Riigikantselei, lk 201
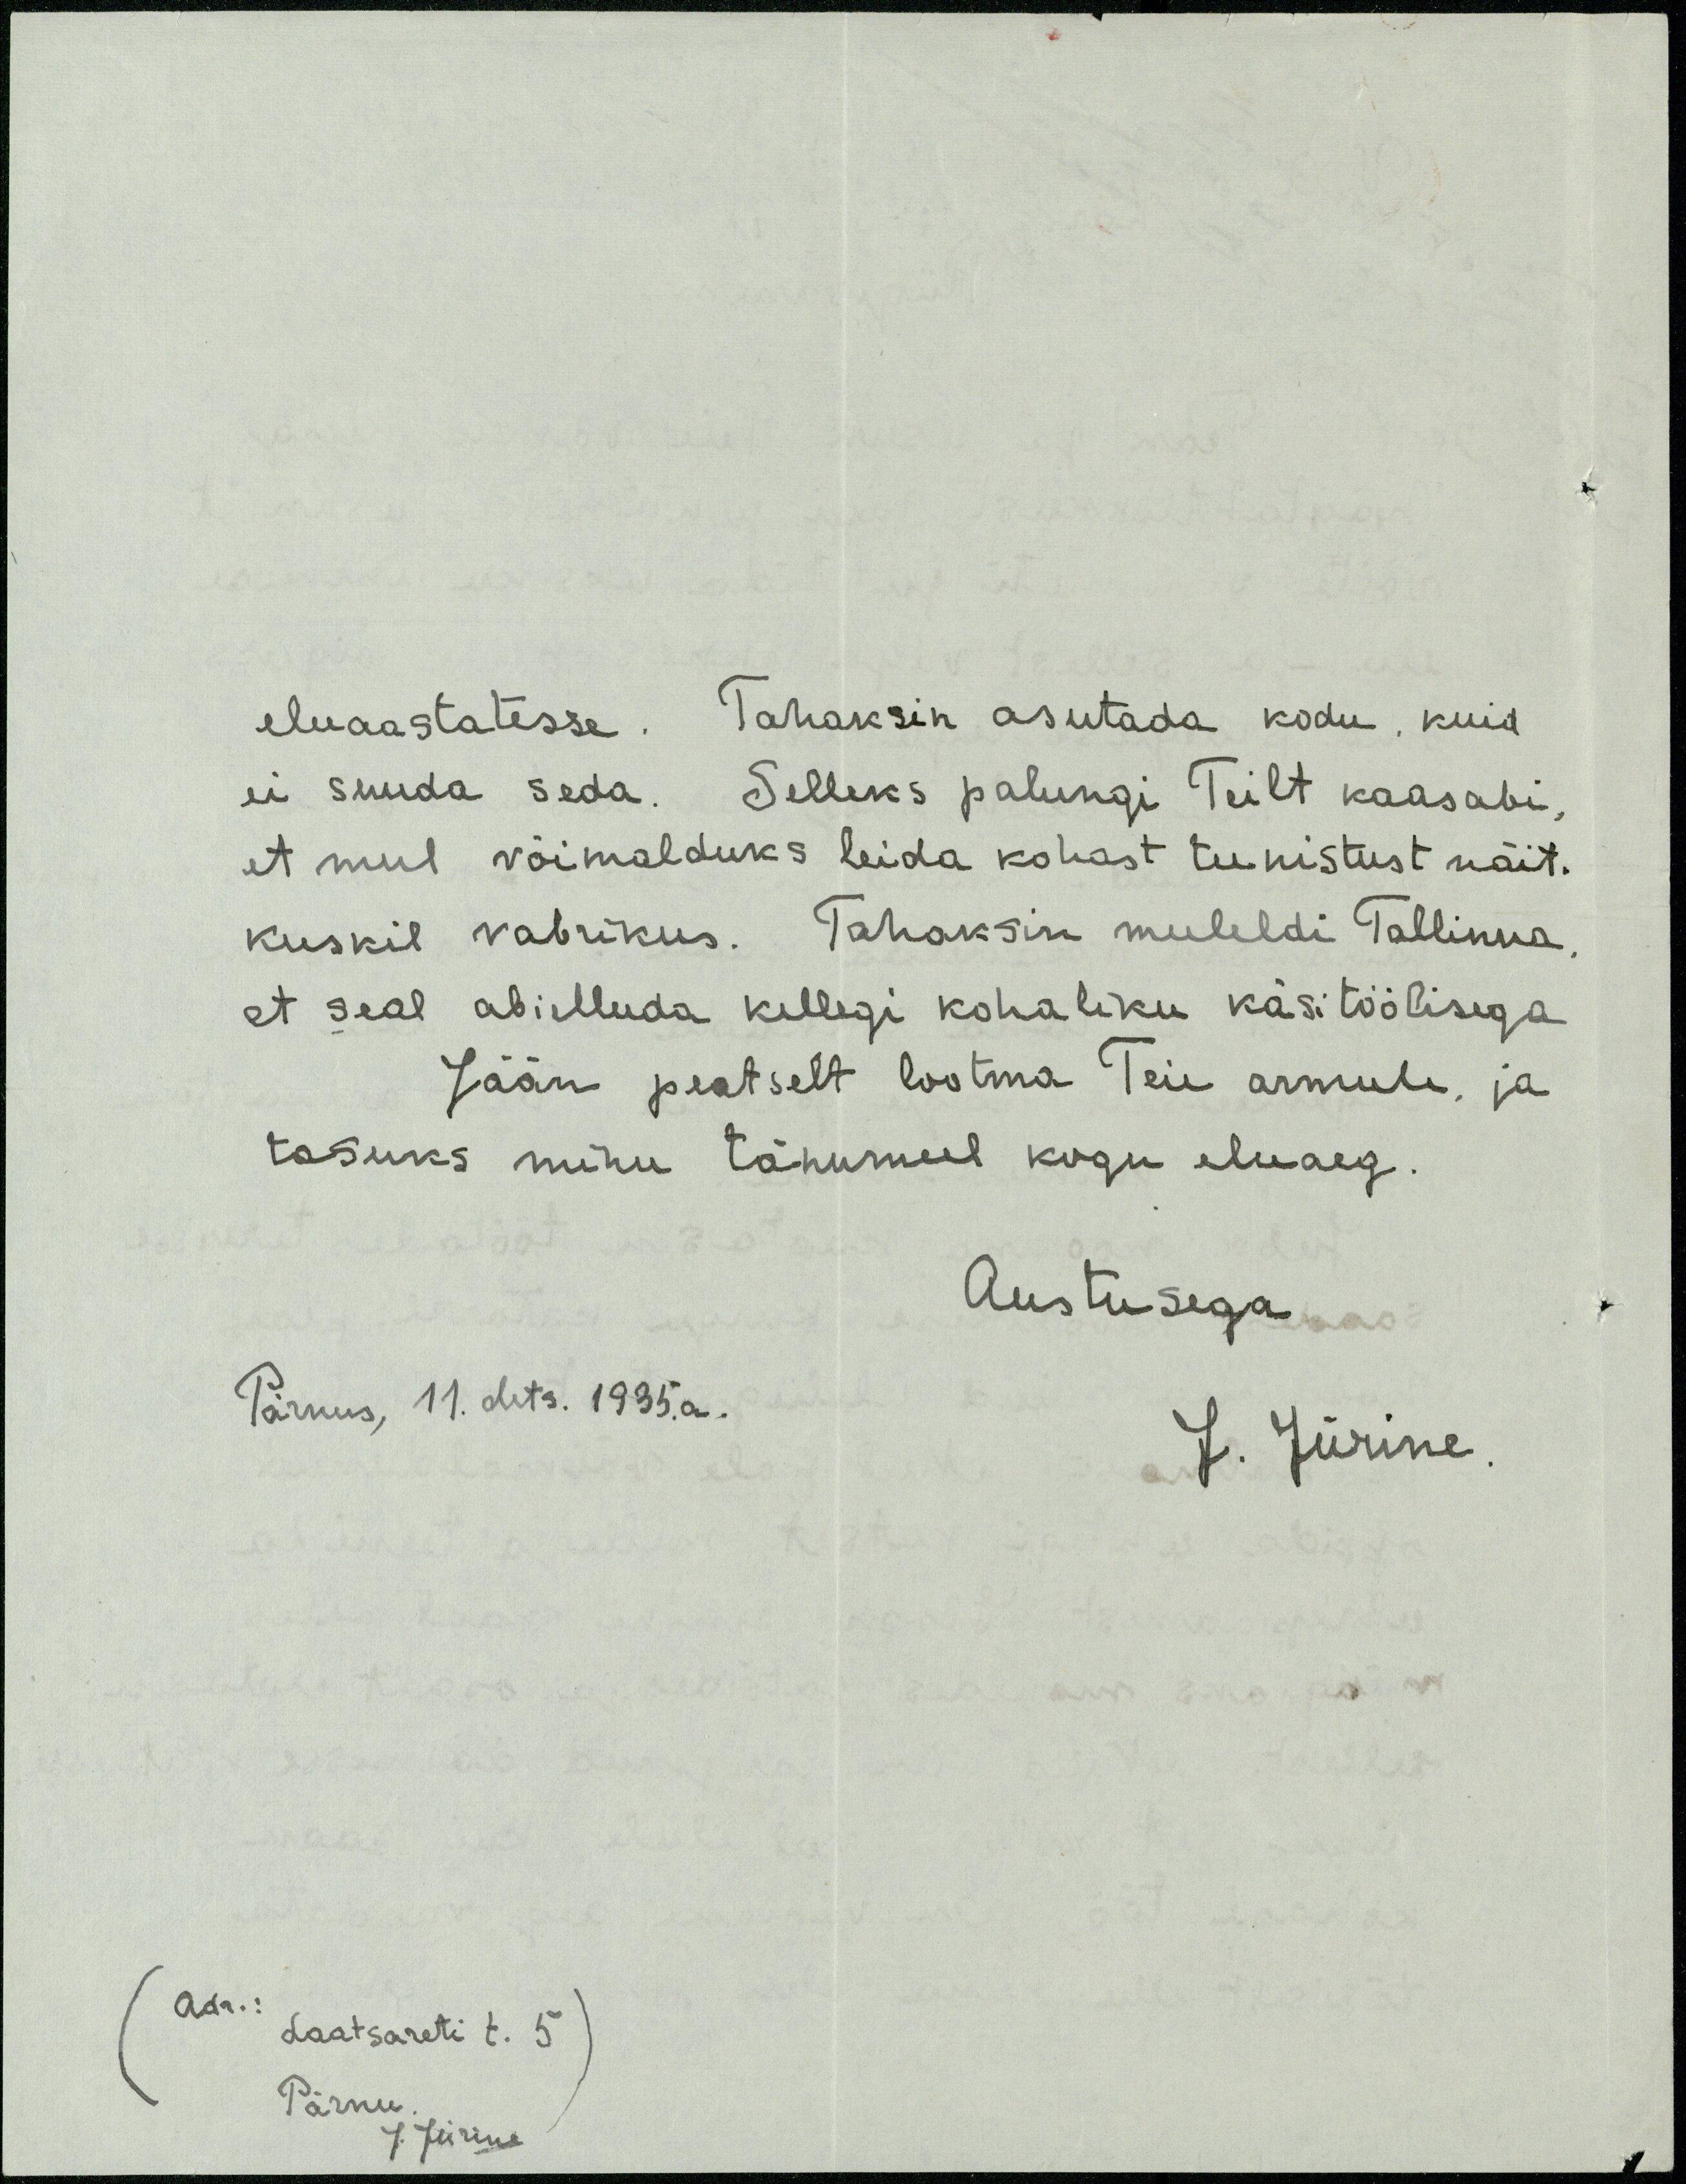
eluaastatesse. Tahaksin asutada kodu, kuid
ei suuda seda. Selleks palungi Teilt kaasabi
et mul võimalduks leida kohast teenistust näit.
kuskil vabrikus. Tahaksin meeleldi Tallinna
et seal abielluda kellegi kohaliku käsitöölisega
Jään peatselt lootma Teie armule, ja
tasuks minu tänumeel kogu eluaeg
Austusega
Pärnus, 11. dets. 1935. a.
J. Jürine

Adr.: Laatsareti t. 5
Pärnu
J. Jürine